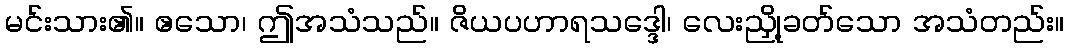
မင်းသား၏။ ဧသော၊ ဤအသံသည်။ ဇိယပဟာရသဒ္ဒေါ၊ လေးညှို့ခတ်သော အသံတည်း။